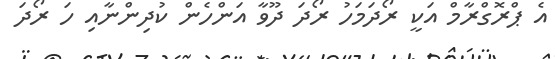
އެ ޕްރޮގްރާމް އަކީ ރޯދަމަހު ރޯދަ ދޫވާ އަންހެން ކުދިންނާއި ހަ ރޯދަ